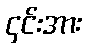
၄င်းအား